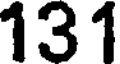
131